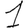
Digit: 1